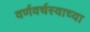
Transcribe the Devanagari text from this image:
वर्णवर्चस्वाच्या